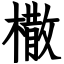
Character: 橵